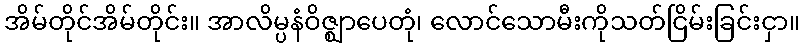
အိမ်တိုင်အိမ်တိုင်း။ အာလိမ္ပနံဝိဇ္ဈာပေတုံ၊ လောင်သောမီးကိုသတ်ငြိမ်းခြင်းငှာ။